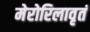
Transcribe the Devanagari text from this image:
मेरोरिलावृतं